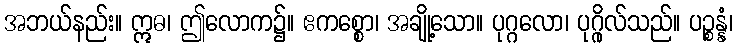
အဘယ်နည်း။ ဣဓ၊ ဤလောက၌။ ဧကစ္စော၊ အချို့သော။ ပုဂ္ဂလော၊ ပုဂ္ဂိုလ်သည်။ ပဉ္စန္နံ၊